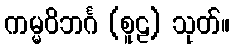
ကမ္မဝိဘင်္ဂ (စူဠ) သုတ်။